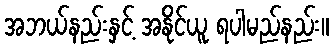
အဘယ်နည်းနှင့် အနိုင်ယူ ရပါမည်နည်း။